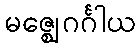
မဇ္ဈေဂင်္ဂါယ